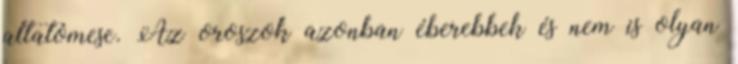
altatómese. Az oroszok azonban éberebbek és nem is olyan